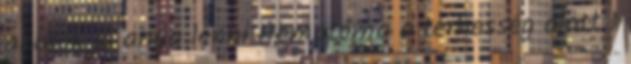
akarok jó anya lenni Hematóma a terhesség alatt 1